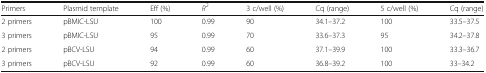
<table><thead><tr><td><b>Primers</b></td><td><b>Plasmid template</b></td><td><b>Eff (%)</b></td><td><b><i>R</i><sup>2</sup></b></td><td><b>3 c/well (%)</b></td><td><b>Cq (range)</b></td><td><b>5 c/well (%)</b></td><td><b>Cq (range)</b></td></tr></thead><tbody><tr><td>2 primers</td><td>pBMIC-LSU</td><td>100</td><td>0.99</td><td>90</td><td>34.1–37.2</td><td>100</td><td>33.5–37.5</td></tr><tr><td>3 primers</td><td>pBMIC-LSU</td><td>95</td><td>0.99</td><td>70</td><td>33.6–37.3</td><td>95</td><td>34.2–37.8</td></tr><tr><td>2 primers</td><td>pBCV-LSU</td><td>94</td><td>0.99</td><td>60</td><td>37.1–39.9</td><td>100</td><td>33.3–36.7</td></tr><tr><td>3 primers</td><td>pBCV-LSU</td><td>92</td><td>0.99</td><td>60</td><td>36.8–39.2</td><td>100</td><td>33–34.2</td></tr></tbody></table>